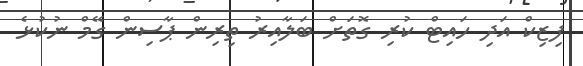
ފިޒިކް އަދި ހައިޓް ކުރި ގޮތަށް ބަލާއިރު ތިރިން ޕާސިން ގޭމް ނުކުޅެ